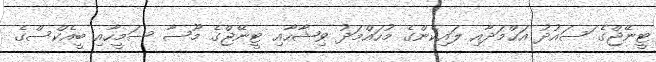
ޓީނޭޖްގެ ަަސައުދު އަޙްމަދާއި ލައިކެންގެ މުހައްމަދު ވިޝާހާއި ޓީނޭޖްގެ މޫސާ ސަމީހާއި ބީއެކްސްގެ